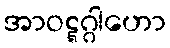
အာဝဋ္ဋဂ္ဂါဟော